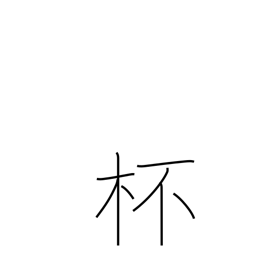
Meaning: glass